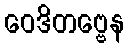
ဝေဒိတဗ္ဗေန